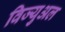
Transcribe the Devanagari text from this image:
विज्युअल